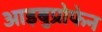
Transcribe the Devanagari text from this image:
आइबुप्रोफेन